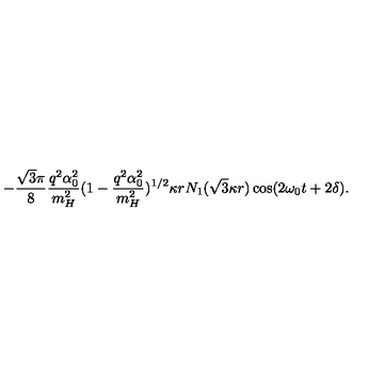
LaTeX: - \frac { \sqrt { 3 } \pi } { 8 } \frac { q ^ { 2 } \alpha _ { 0 } ^ { 2 } } { m _ { H } ^ { 2 } } ( 1 - \frac { q ^ { 2 } \alpha _ { 0 } ^ { 2 } } { m _ { H } ^ { 2 } } ) ^ { 1 / 2 } \kappa r N _ { 1 } ( \sqrt { 3 } \kappa r ) \cos ( 2 \omega _ { 0 } t + 2 \delta ) .